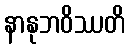
နာနုဘဝိဿတိ